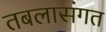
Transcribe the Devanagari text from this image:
तबलासंगत